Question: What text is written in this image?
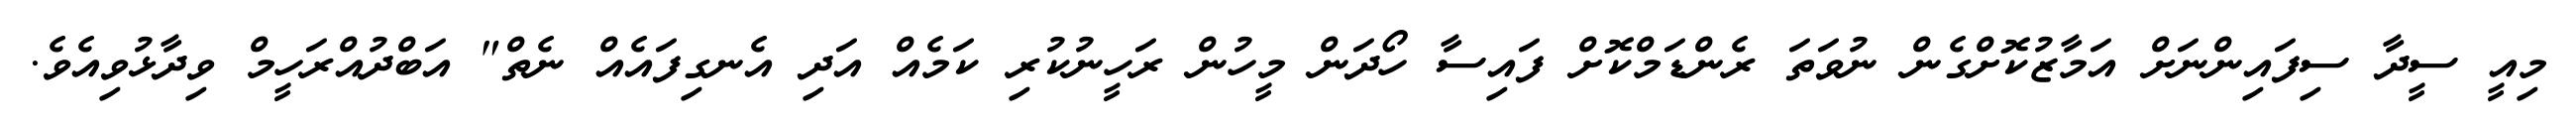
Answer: މިއީ ސީދާ ސިފައިންނަށް އަމާޒުކޮށްގެން ނުވަތަ ރެންޑަމްކޮށް ފައިސާ ހޯދަން މީހުން ރަހީނުކުރި ކަމެއް އަދި އެނގިފައެއް ނެތް" އަބްދުއްރަހީމް ވިދާޅުވިއެވެ.